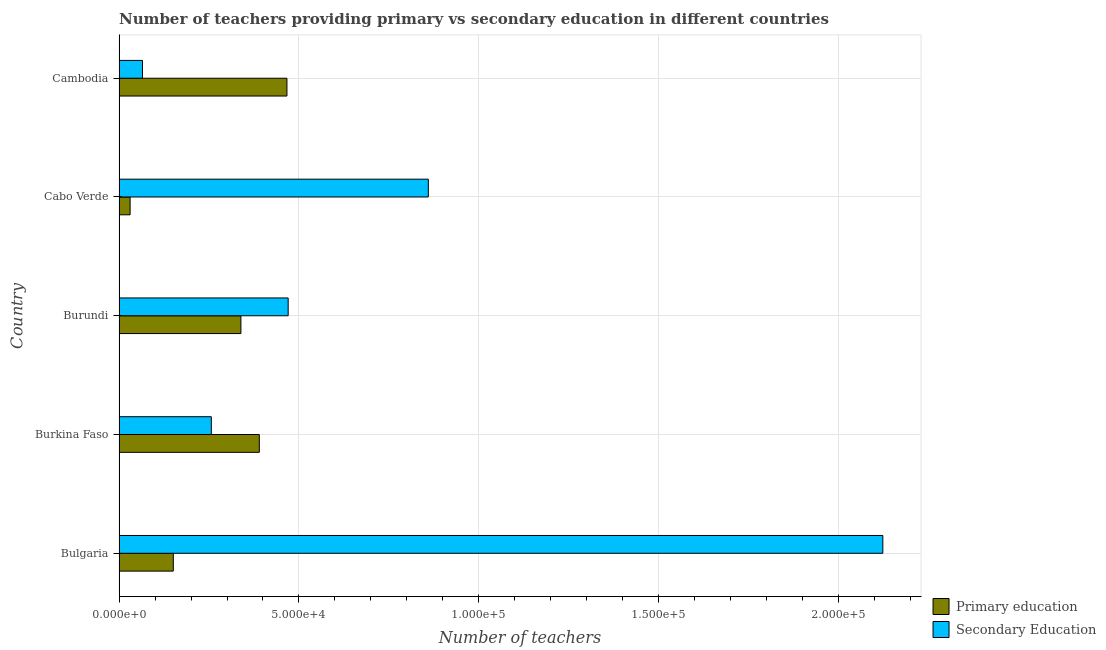
| Country | Primary education | Secondary Education |
 | --- | --- | --- |
 | Bulgaria | 1.51e+04 | 2.12e+05 |
 | Burkina Faso | 3.9e+04 | 2.56e+04 |
 | Burundi | 3.39e+04 | 4.7e+04 |
 | Cabo Verde | 3.07e+03 | 8.6e+04 |
 | Cambodia | 4.67e+04 | 6.51e+03 |